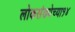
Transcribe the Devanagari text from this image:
लोकसंख्येच्या१४